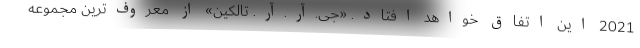
2021 این اتفاق خواهد افتاد. «جی.آر.آر. تالکین» از معروف‌ترین مجموعه